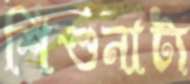
শিশুনাট্য